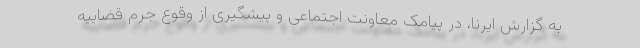
به گزارش ایرنا، در پیامک معاونت اجتماعی و پیشگیری از وقوع جرم قضاییه